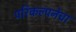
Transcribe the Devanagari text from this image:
परिकल्पनेचा